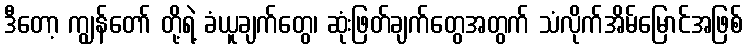
ဒီတော့ ကျွန်တော် တို့ရဲ့ ခံယူချက်တွေ၊ ဆုံးဖြတ်ချက်တွေအတွက် သံလိုက်အိမ်မြောင်အဖြစ်